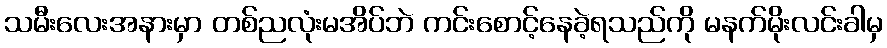
သမီးလေးအနားမှာ တစ်ညလုံးမအိပ်ဘဲ ကင်းစောင့်နေခဲ့ရသည်ကို မနက်မိုးလင်းခါမှ